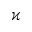
\varkappa